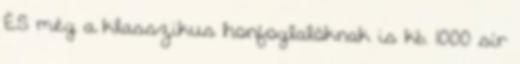
ÉS még a klasszikus honfoglalóknak is kb. 1000 sír